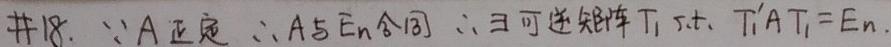
#18. $\because A$ 正定 $\therefore A$ 与 $E_n$ 合同 $\therefore \exists$ 可逆矩阵 $T_1$ s.t. $T_1^{\prime}AT_1 = E_n$.